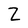
Character: Z